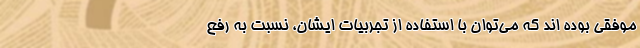
موفقی بوده اند که می‌توان با استفاده از تجربیات ایشان، نسبت به رفع